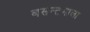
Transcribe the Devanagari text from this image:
बसन्तमाला